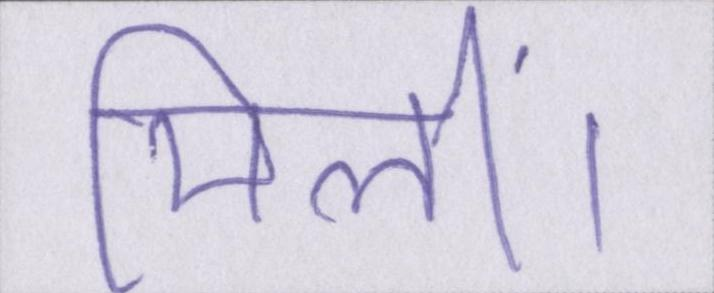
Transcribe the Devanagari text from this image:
मिलीं।